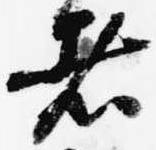
者